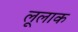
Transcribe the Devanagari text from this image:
लूलाक